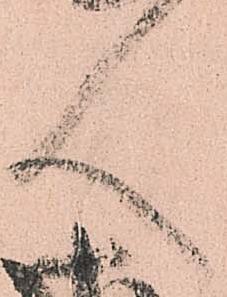
人